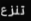
تنزع